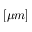
[ \mu m ]